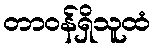
တာဝန်ရှိသူထံ